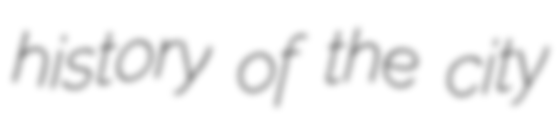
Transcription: history of the city